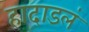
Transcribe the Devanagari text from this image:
हादाडलं